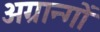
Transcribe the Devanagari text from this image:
अग्रान्गों